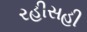
રહીસહી